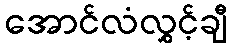
အောင်လံလွှင့်ချီ